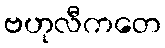
ဗဟုလီကတေ